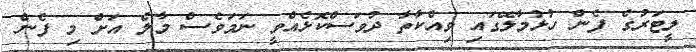
ލީޓަރުގެ ފެން ހުޅުމާލޭގައި ވިއްކާތާ ދުވަސްކޮޅެއްވީ ނަމަވެސް މާލެ އަށް މި ފެން